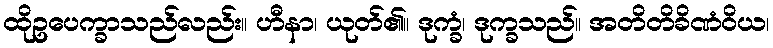
ထိုဥပေက္ခာသည်လည်း။ ဟီနာ၊ ယုတ်၏။ ဒုက္ခံ၊ ဒုက္ခသည်။ အတိတိခိဏံဝိယ၊